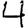
Digit: 4